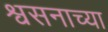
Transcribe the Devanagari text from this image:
श्वसनाच्या